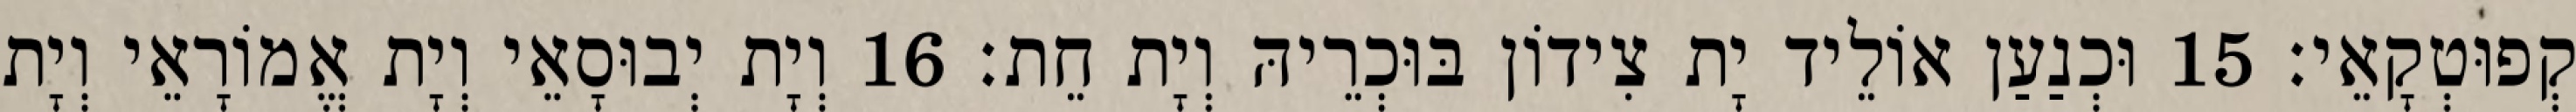
קְפוּטְקָאֵי׃ 15 וּכְנַעַן אוֹלֵיד יָת צִידוֹן בּוּכְרֵיהּ וְיָת חֵת׃ 16 וְיָת יְבוּסָאֵי וְיָת אֱמוֹרָאֵי וְיָת